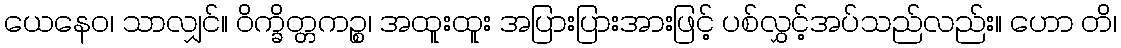
ယေနေဝ၊ သာလျှင်။ ဝိက္ခိတ္တကဉ္စ၊ အထူးထူး အပြားပြားအားဖြင့် ပစ်လွှင့်အပ်သည်လည်း။ ဟော တိ၊